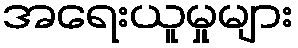
အရေးယူမှုများ